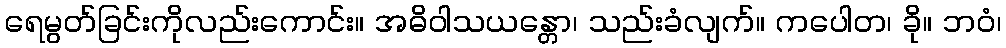
ရေမွတ်ခြင်းကိုလည်းကောင်း။ အဓိဝါသယန္တော၊ သည်းခံလျက်။ ကပေါတ၊ ခို။ ဘဝံ၊